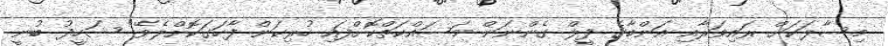
މިސާލަކަށް ރައިވަރާއި އަންބާގެ ފީލް ގެންނަން މަސައްކަތްކޮށްފައި ހުރިކަން ފާހަގަކޮށްލެވޭ" ޝަހީދު ބުނީ